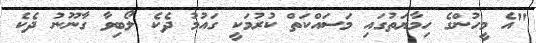
"އެ މީހުންގެ ހިމާޔަތުގައި މަސައްކަތް ކުރުމަކީ ގައުމު ދެކެ ލޯބިވާ ގާނޫނު ދެކެ